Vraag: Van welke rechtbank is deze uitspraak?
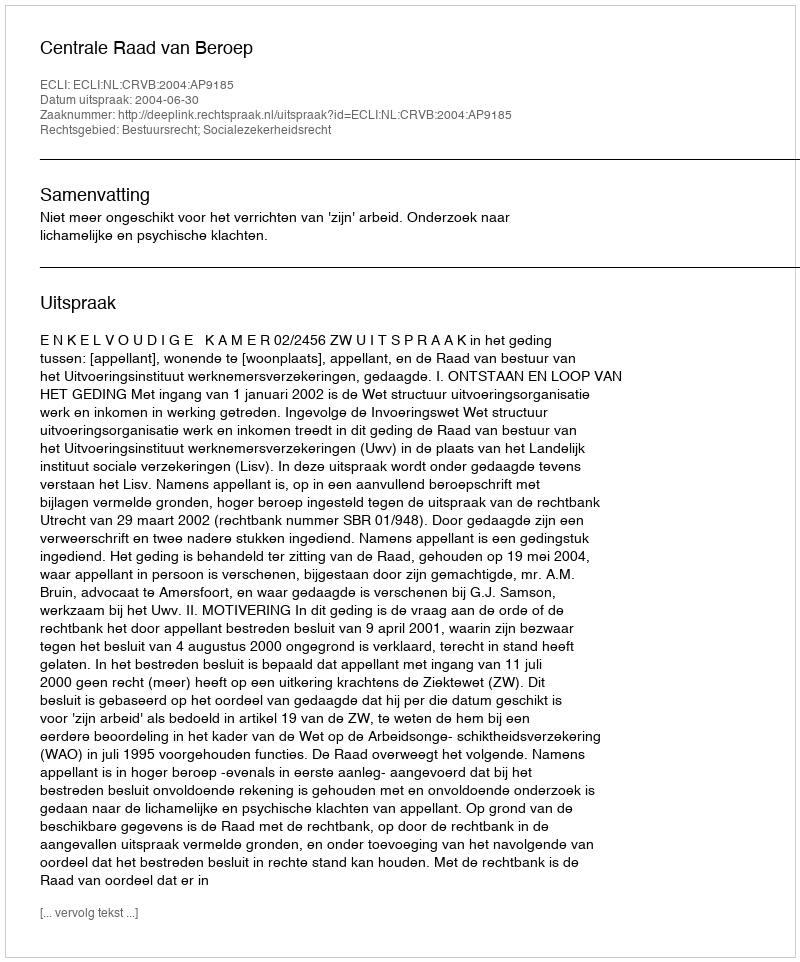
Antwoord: Centrale Raad van Beroep